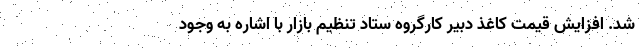
شد. افزایش قیمت کاغذ دبیر کارگروه ستاد تنظیم بازار با اشاره به وجود